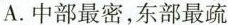
A.中部最密，东部最疏